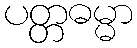
ပတ္တဓမ္မာ